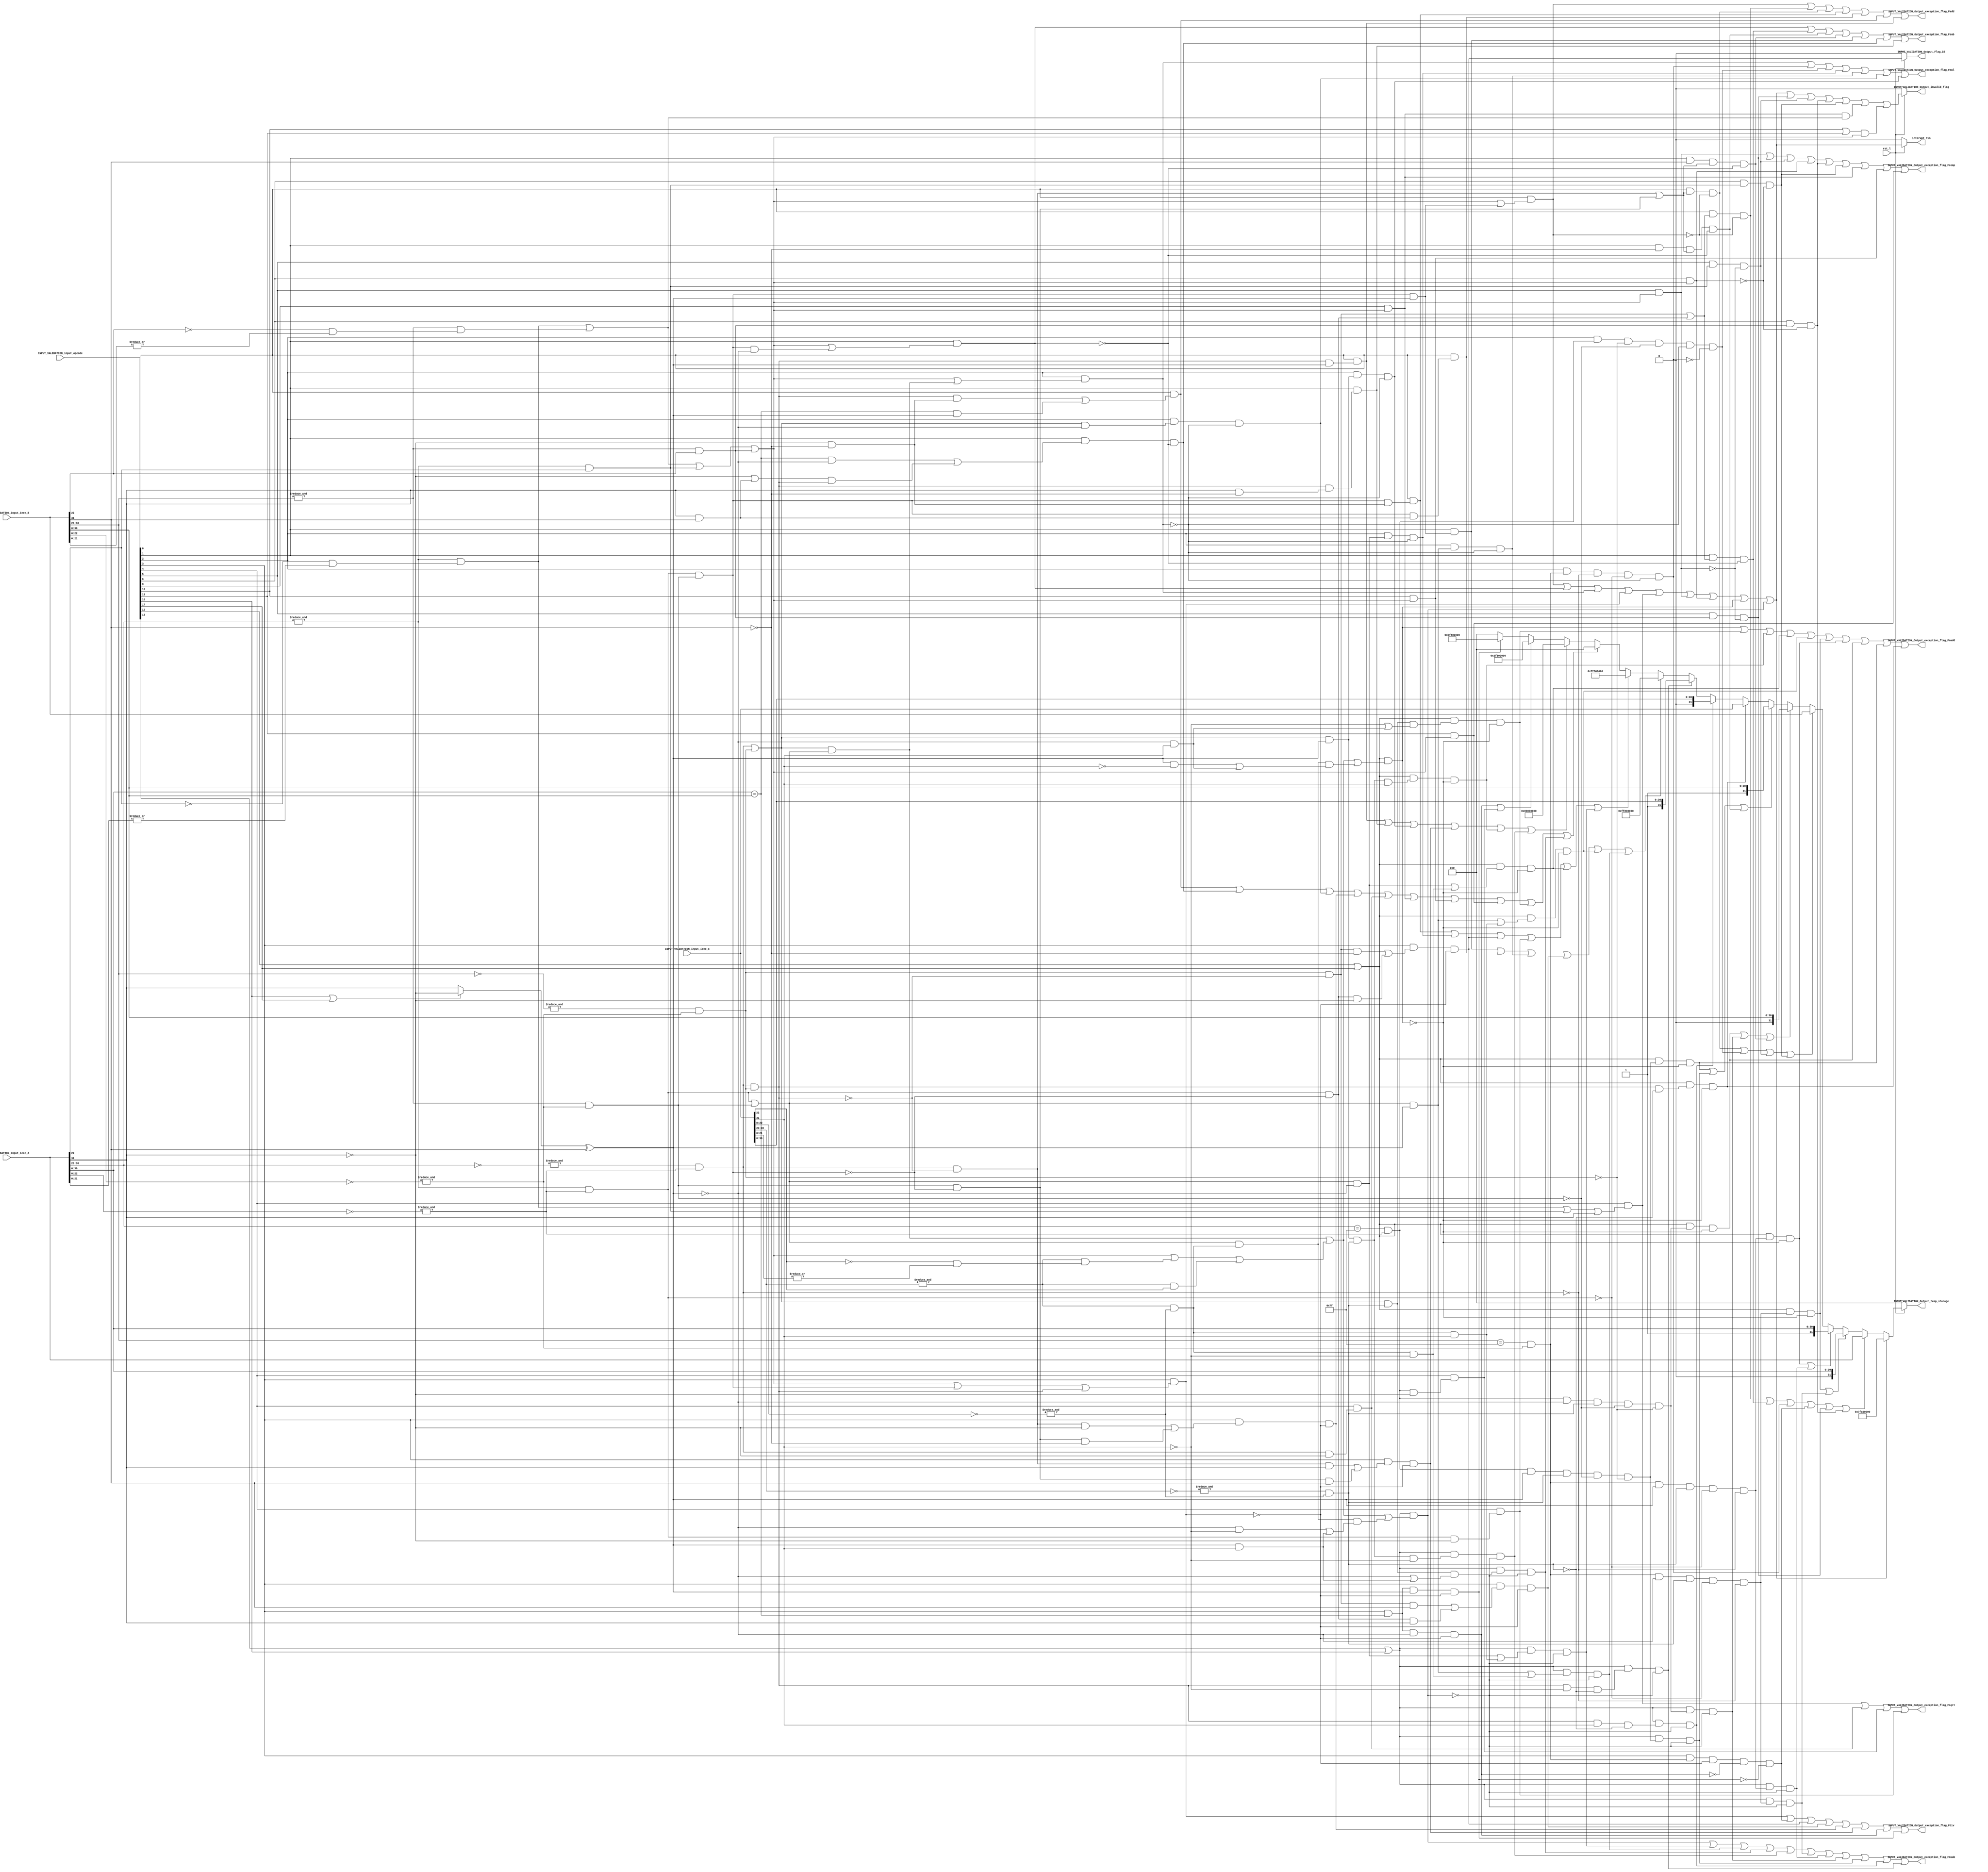
//Created for modular testing of intgeration in SwerV Core
//synchorunus input validation 
//Created by Ali Raza





module FPU_Input_Validation (rst_l,INPUT_VALIDATION_input_ieee_A,INPUT_VALIDATION_input_ieee_B,INPUT_VALIDATION_input_ieee_C,INPUT_VALIDATION_input_opcode,INPUT_VALIDATION_Output_temp_storage,INPUT_VALIDATION_Output_exception_flag_Fadd,INPUT_VALIDATION_Output_exception_flag_Fsub,INPUT_VALIDATION_Output_exception_flag_Fmul,INPUT_VALIDATION_Output_exception_flag_Fdiv,INPUT_VALIDATION_Output_exception_flag_Fsqrt,INPUT_VALIDATION_Output_exception_flag_Fcomp,INPUT_VALIDATION_Output_exception_flag_Fmadd,INPUT_VALIDATION_Output_exception_flag_Fmsub,INPUT_VALIDATION_Output_invalid_flag,INPUT_VALIDATION_Output_Flag_DZ,interupt_Pin);

parameter std=31;
parameter man= 22;
parameter exp=7;
parameter bias=8'b01111111;


/*opcode ctivation signals

sfpu[0] = Fadd
sfpu[1] = Fsubb
sfpu[2] = Fmul
sfpu[3] = Fdiv
sfpu[4] = Fsqrt
sfpu[5] = Fmin
sfpu[6] = Fmax
sfpu[7] = Fmvx
sfpu[8] = Fmvf
sfpu[9] = feq
sfpu[10] = flt
sfpu[11] = fle
sfpu[12] = Fmadd
sfpu[13] = Fmsubb
sfpu[14] = FCVT.W.P
sfpu[15] = FCVT.P.W
sfpu[16] = Fnmsubb
sfpu[17] = Fnmadd
sfpu[18] = fsgnj
sfpu[19] = fsgnjn
sfpu[20] = fsgnjx
sfpu[21] = fclass
sfpu[22] = unsign
sfpu[23] = sign
*/



input [std:0] INPUT_VALIDATION_input_ieee_A;
input [std:0] INPUT_VALIDATION_input_ieee_B;
input [std:0] INPUT_VALIDATION_input_ieee_C;
input [23:0]  INPUT_VALIDATION_input_opcode;
input rst_l;

//respective generted exception output 
output [std:0] INPUT_VALIDATION_Output_temp_storage;

//Flags

//exception flag to handle the termination of further execution in case any exceptional input occur
output INPUT_VALIDATION_Output_exception_flag_Fadd,INPUT_VALIDATION_Output_exception_flag_Fsub,INPUT_VALIDATION_Output_exception_flag_Fmul,INPUT_VALIDATION_Output_exception_flag_Fdiv,INPUT_VALIDATION_Output_exception_flag_Fsqrt,INPUT_VALIDATION_Output_exception_flag_Fcomp,INPUT_VALIDATION_Output_exception_flag_Fmadd,INPUT_VALIDATION_Output_exception_flag_Fmsub;

// Invalid flag
output  INPUT_VALIDATION_Output_invalid_flag;

// Divided By zero flag
output  INPUT_VALIDATION_Output_Flag_DZ;

//interupt pin
output interupt_Pin;

//interim register for holding few bolean conditions
wire  INPUT_VALIDATION_Bit_A_infinity;
wire INPUT_VALIDATION_Bit_B_infinity;
wire  INPUT_VALIDATION_Bit_C_infinity;
wire  INPUT_VALIDATION_Bit_A_SNAN;
wire INPUT_VALIDATION_Bit_B_SNAN;
wire  INPUT_VALIDATION_Bit_C_SNAN;
wire  INPUT_VALIDATION_Bit_A_QNAN;
wire INPUT_VALIDATION_Bit_B_QNAN;
wire  INPUT_VALIDATION_Bit_C_QNAN;
wire INPUT_VALIDATION_Bit_NAN;

wire  INPUT_VALIDATION_Mantissa_Zero_A;
wire  INPUT_VALIDATION_Mantissa_Zero_B;
wire  INPUT_VALIDATION_Mantissa_Zero_C;

wire  INPUT_VALIDATION_exp_One_A;
wire  INPUT_VALIDATION_exp_One_B;
wire  INPUT_VALIDATION_exp_One_C;

wire  INPUT_VALIDATION_Bit_A_zero;
wire  INPUT_VALIDATION_Bit_B_zero;
wire  INPUT_VALIDATION_Bit_C_zero;
wire  INPUT_VALIDATION_Bit_A_1;
wire  INPUT_VALIDATION_Bit_B_1;
wire  INPUT_VALIDATION_Bit_C_1;
wire  INPUT_VALIDATION_Bit_Equal;
wire  INPUT_VALIDATION_Bit_single_infinity;
wire  INPUT_VALIDATION_Bit_double_infinity;
wire  INPUT_VALIDATION_Bit_single_SNAN;
wire  INPUT_VALIDATION_Bit_single_QNAN;
wire  INPUT_VALIDATION_Bit_single_zero;
wire  INPUT_VALIDATION_Bit_double_zero;
wire  INPUT_VALIDATION_Bit_xor_sign_input_A;
wire  INPUT_VALIDATION_Bit_xor_sign;



//outptu selection bits
wire INPUT_VALIDATION_Bit_SNAN_Caught;
wire INPUT_VALIDATION_Bit_No_Comp_A_Caught;
wire INPUT_VALIDATION_Bit_Positive_No_Comp_A_Caught;
wire INPUT_VALIDATION_Bit_Negative_No_Comp_A_Caught;
wire INPUT_VALIDATION_Bit_No_Comp_B_Caught;
wire INPUT_VALIDATION_Bit_Positive_No_Comp_B_Caught;
wire INPUT_VALIDATION_Bit_Negative_No_Comp_B_Caught;
wire INPUT_VALIDATION_Bit_No_Comp_C_Caught;
wire INPUT_VALIDATION_Bit_Positive_No_Comp_C_Caught;
wire INPUT_VALIDATION_Bit_Negative_No_Comp_C_Caught;
wire INPUT_VALIDATION_Bit_Positive_infinity_Caught;
wire INPUT_VALIDATION_Bit_negative_infinity_Caught;
wire INPUT_VALIDATION_Bit_positive_zero_Caught;
wire INPUT_VALIDATION_Bit_negative_zero_Caught;
wire INPUT_VALIDATION_Bit_Negative_One_Caught;
wire INPUT_VALIDATION_Bit_Positive_One_Caught;

//Fadd wires
wire  INPUT_VALIDATION_Bit_SNAN_Caught_Fadd;
wire  INPUT_VALIDATION_Bit_No_Comp_A_Caught_Fadd;
wire  INPUT_VALIDATION_Bit_No_Comp_B_Caught_Fadd;
wire  INPUT_VALIDATION_Bit_positive_infinity_Caught_Fadd;
wire  INPUT_VALIDATION_Bit_negitive_infinity_Caught_Fadd;
wire  INPUT_VALIDATION_Bit_positive_zero_Caught_Fadd;
wire  INPUT_VALIDATION_Bit_negitive_zero_Caught_Fadd;

//Fsubb wires
wire  INPUT_VALIDATION_Bit_SNAN_Caught_Fsubb;
wire  INPUT_VALIDATION_Bit_No_Comp_A_Caught_Fsubb;
wire  INPUT_VALIDATION_Bit_Positive_No_Comp_B_Caught_Fsubb;
wire  INPUT_VALIDATION_Bit_Negative_No_Comp_B_Caught_Fsubb;
wire  INPUT_VALIDATION_Bit_negitive_infinity_Caught_Fsubb;
wire  INPUT_VALIDATION_Bit_positive_zero_Caught_Fsubb;
wire  INPUT_VALIDATION_Bit_negitive_zero_Caught_Fsubb;

//Fmul wires
wire  INPUT_VALIDATION_Bit_SNAN_Caught_Fmul;
wire  INPUT_VALIDATION_Bit_positive_infinity_Caught_Fmul;
wire  INPUT_VALIDATION_Bit_negative_infinity_Caught_Fmul;
wire  INPUT_VALIDATION_Bit_No_Comp_A_Caught_Fmul;
wire  INPUT_VALIDATION_Bit_No_Comp_B_Caught_Fmul;
wire  INPUT_VALIDATION_Bit_negative_zero_Caught_Fmul;
wire  INPUT_VALIDATION_Bit_positive_zero_Caught_Fmul;

//Fdiv wires
wire  INPUT_VALIDATION_Bit_SNAN_Caught_Fdiv;
wire  INPUT_VALIDATION_Bit_positive_zero_Caught_Fdiv;
wire  INPUT_VALIDATION_Bit_negative_zero_Caught_Fdiv;
wire  INPUT_VALIDATION_Bit_positive_infinity_Caught_Fdiv;
wire  INPUT_VALIDATION_Bit_negative_infinity_Caught_Fdiv;
wire  INPUT_VALIDATION_Bit_No_Comp_A_Caught_Fdiv;
wire  INPUT_VALIDATION_Bit_Positive_One_Caught_Fdiv;
wire  INPUT_VALIDATION_Bit_Negative_One_Caught_Fdiv;

//Fsqrt Wires
wire  INPUT_VALIDATION_Bit_SNAN_Caught_Fsqrt;
wire  INPUT_VALIDATION_Bit_zero_Caught_Fsqrt;
wire  INPUT_VALIDATION_Bit_positive_infinity_Caught_Fsqrt;
wire  INPUT_VALIDATION_Bit_Positive_One_Caught_Fsqrt;

//Fmin Wires 
wire INPUT_VALIDATION_Bit_SNAN_Caught_Fmin;
wire INPUT_VALIDATION_Bit_No_Comp_A_Caught_Fmin;
wire INPUT_VALIDATION_Bit_No_Comp_B_Caught_Fmin;

//Fmax Wires 
wire INPUT_VALIDATION_Bit_SNAN_Caught_Fmax;
wire INPUT_VALIDATION_Bit_No_Comp_A_Caught_Fmax;
wire INPUT_VALIDATION_Bit_No_Comp_B_Caught_Fmax;

//Flt wires
wire  INPUT_VALIDATION_Bit_zero_Caught_Flt;

//Fle wires
wire  INPUT_VALIDATION_Bit_zero_Caught_Fle;

//Feq wires
wire  INPUT_VALIDATION_Bit_zero_Caught_Feq;

//Fmadd wires
wire  INPUT_VALIDATION_Bit_SNAN_Caught_Fmadd;
wire  INPUT_VALIDATION_Bit_Positive_Zero_Caught_Fmadd;
wire  INPUT_VALIDATION_Bit_negative_Zero_Caught_Fmadd;
wire  INPUT_VALIDATION_Bit_positive_infinity_Caught_Fmadd;
wire  INPUT_VALIDATION_Bit_negative_infinity_Caught_Fmadd;
wire  INPUT_VALIDATION_Bit_Positive_No_Comp_A_Caught_Fmadd;
wire  INPUT_VALIDATION_Bit_Negative_No_Comp_A_Caught_Fmadd;
wire  INPUT_VALIDATION_Bit_Positive_No_Comp_B_Caught_Fmadd;
wire  INPUT_VALIDATION_Bit_Negative_No_Comp_B_Caught_Fmadd;
wire  INPUT_VALIDATION_Bit_No_Comp_C_Caught_Fmadd;

//Fmsubb wires
wire  INPUT_VALIDATION_Bit_SNAN_Caught_Fmsubb;
wire  INPUT_VALIDATION_Bit_Positive_Zero_Caught_Fmsubb ;
wire  INPUT_VALIDATION_Bit_Negative_Zero_Caught_Fmsubb;
wire  INPUT_VALIDATION_Bit_positive_infinity_Caught_Fmsubb;
wire  INPUT_VALIDATION_Bit_negative_infinity_Caught_Fmsubb;
wire  INPUT_VALIDATION_Bit_Positive_No_Comp_A_Caught_Fmsubb;
wire  INPUT_VALIDATION_Bit_Negative_No_Comp_A_Caught_Fmsubb;
wire  INPUT_VALIDATION_Bit_Positive_No_Comp_B_Caught_Fmsubb;
wire  INPUT_VALIDATION_Bit_Negative_No_Comp_B_Caught_Fmsubb;
wire  INPUT_VALIDATION_Bit_Positive_No_Comp_C_Caught_Fmsubb;
wire  INPUT_VALIDATION_Bit_Negative_No_Comp_C_Caught_Fmsubb;

    //check for 0 mantissa
	assign INPUT_VALIDATION_Mantissa_Zero_A =  ( & ( ~INPUT_VALIDATION_input_ieee_A[man:0] ));
    assign INPUT_VALIDATION_Mantissa_Zero_B =  ( & ( ~INPUT_VALIDATION_input_ieee_B[man:0] ));
	assign INPUT_VALIDATION_Mantissa_Zero_C =  ( & ( ~INPUT_VALIDATION_input_ieee_C[man:0] ));

    //check for all one exponent
    assign INPUT_VALIDATION_exp_One_A = ( & INPUT_VALIDATION_input_ieee_A[std-1:man+1] );
	assign INPUT_VALIDATION_exp_One_B = ( & INPUT_VALIDATION_input_ieee_B[std-1:man+1] );
    assign INPUT_VALIDATION_exp_One_C = ( & INPUT_VALIDATION_input_ieee_C[std-1:man+1] );

	//Bolean checks for XOR of sign
	assign INPUT_VALIDATION_Bit_xor_sign_input_A = (INPUT_VALIDATION_input_opcode[16] | INPUT_VALIDATION_input_opcode[17]) ? (~INPUT_VALIDATION_input_ieee_A[std]) : INPUT_VALIDATION_input_ieee_A[std];
	assign INPUT_VALIDATION_Bit_xor_sign = INPUT_VALIDATION_Bit_xor_sign_input_A ^ INPUT_VALIDATION_input_ieee_B[std] ;
	

	//Bolean check for checkin wather or not a spcific operand is infinity
	assign INPUT_VALIDATION_Bit_A_infinity = ( INPUT_VALIDATION_exp_One_A & INPUT_VALIDATION_Mantissa_Zero_A );

	assign INPUT_VALIDATION_Bit_B_infinity = ( INPUT_VALIDATION_exp_One_B & INPUT_VALIDATION_Mantissa_Zero_B );

	assign INPUT_VALIDATION_Bit_C_infinity = ( INPUT_VALIDATION_exp_One_C & INPUT_VALIDATION_Mantissa_Zero_C );

	//Boolean variables for detecting wether or not a single operand in the ijsntrustion is QNAN or not
	assign   INPUT_VALIDATION_Bit_A_QNAN = ( INPUT_VALIDATION_exp_One_A & ( INPUT_VALIDATION_input_ieee_A[man] ) );

	assign   INPUT_VALIDATION_Bit_B_QNAN = ( INPUT_VALIDATION_exp_One_B & ( INPUT_VALIDATION_input_ieee_B[man] ) );

	assign   INPUT_VALIDATION_Bit_C_QNAN = ( INPUT_VALIDATION_exp_One_C & ( INPUT_VALIDATION_input_ieee_C[man] ) );
	
	//Bolean variables for checking weateher or not the either of incoming operands is SNAN
	assign   INPUT_VALIDATION_Bit_A_SNAN = (  INPUT_VALIDATION_exp_One_A & ( ~( INPUT_VALIDATION_input_ieee_A[man] ) & ( |INPUT_VALIDATION_input_ieee_A[man-1:0] ) ) );

	assign   INPUT_VALIDATION_Bit_B_SNAN = (  INPUT_VALIDATION_exp_One_B & ( ~( INPUT_VALIDATION_input_ieee_B[man] ) & ( |INPUT_VALIDATION_input_ieee_B[man-1:0] ) ) ); 
    
	assign   INPUT_VALIDATION_Bit_C_SNAN = (  INPUT_VALIDATION_exp_One_C & ( ~( INPUT_VALIDATION_input_ieee_C[man] ) & ( |INPUT_VALIDATION_input_ieee_C[man-1:0] ) ) );
    
	assign INPUT_VALIDATION_Bit_NAN = INPUT_VALIDATION_Bit_A_SNAN | INPUT_VALIDATION_Bit_B_SNAN | INPUT_VALIDATION_Bit_A_QNAN | INPUT_VALIDATION_Bit_B_QNAN; 

	//Bolean check sfor checking weather or not a spcific operand is zero
	assign INPUT_VALIDATION_Bit_A_zero = (&(~INPUT_VALIDATION_input_ieee_A[std-1:man+1])) & (INPUT_VALIDATION_Mantissa_Zero_A);
	assign INPUT_VALIDATION_Bit_B_zero = (&(~INPUT_VALIDATION_input_ieee_B[std-1:man+1])) & (INPUT_VALIDATION_Mantissa_Zero_B);
	assign INPUT_VALIDATION_Bit_C_zero = (&(~INPUT_VALIDATION_input_ieee_C[std-1:man+1])) & (INPUT_VALIDATION_Mantissa_Zero_C);

	//Bolean checks for cheking watehr or not a spcific operand is 1
	assign INPUT_VALIDATION_Bit_A_1 = ((INPUT_VALIDATION_input_ieee_A[std-1:man+1]==bias) && INPUT_VALIDATION_Mantissa_Zero_A);
	assign INPUT_VALIDATION_Bit_B_1 =  ((INPUT_VALIDATION_input_ieee_B[std-1:man+1]==bias) && INPUT_VALIDATION_Mantissa_Zero_B);
	assign INPUT_VALIDATION_Bit_C_1 =  ((INPUT_VALIDATION_input_ieee_C[std-1:man+1]==bias) && INPUT_VALIDATION_Mantissa_Zero_C);

	// Check for quality of two numbers
	assign INPUT_VALIDATION_Bit_Equal = ( INPUT_VALIDATION_input_ieee_A [std-1:0] == INPUT_VALIDATION_input_ieee_B[std-1:0] );
	
	
	//Bolean checks for checking weather two or one or three operands are related to a specific exception (such as single infinity means one of the two opernds inputed are ininfiyt)
	
	//check for number of infinity pernds 
	assign INPUT_VALIDATION_Bit_single_infinity = (INPUT_VALIDATION_Bit_A_infinity) || (INPUT_VALIDATION_Bit_B_infinity);
	assign INPUT_VALIDATION_Bit_double_infinity = (INPUT_VALIDATION_Bit_A_infinity) && (INPUT_VALIDATION_Bit_B_infinity);
	
	

	//check for number of zero pernds
	assign INPUT_VALIDATION_Bit_single_zero = (INPUT_VALIDATION_Bit_A_zero) || (INPUT_VALIDATION_Bit_B_zero);
	assign INPUT_VALIDATION_Bit_double_zero = (INPUT_VALIDATION_Bit_A_zero) && (INPUT_VALIDATION_Bit_B_zero);
	
//Bolean check for indication of type of exceptions occured (as a function of input)

// Fadd Exceptional casses
assign INPUT_VALIDATION_Bit_SNAN_Caught_Fadd = ( INPUT_VALIDATION_input_opcode[0]  & ( INPUT_VALIDATION_Bit_NAN | ( INPUT_VALIDATION_Bit_double_infinity & INPUT_VALIDATION_Bit_xor_sign ) ) ) ;   

assign INPUT_VALIDATION_Bit_No_Comp_A_Caught_Fadd = ( INPUT_VALIDATION_input_opcode[0]  & ( (INPUT_VALIDATION_Bit_B_zero & ~INPUT_VALIDATION_Bit_double_zero) | (INPUT_VALIDATION_Bit_A_infinity &  (~INPUT_VALIDATION_Bit_double_infinity) )  )  ) & (~INPUT_VALIDATION_Bit_SNAN_Caught_Fadd);   

assign INPUT_VALIDATION_Bit_No_Comp_B_Caught_Fadd = ( INPUT_VALIDATION_input_opcode[0]  & ( (INPUT_VALIDATION_Bit_A_zero & ~INPUT_VALIDATION_Bit_double_zero) | (INPUT_VALIDATION_Bit_B_infinity & (~INPUT_VALIDATION_Bit_double_infinity) )  )   ) & (~INPUT_VALIDATION_Bit_SNAN_Caught_Fadd);   

assign INPUT_VALIDATION_Bit_positive_infinity_Caught_Fadd =  ( INPUT_VALIDATION_input_opcode[0] & ( INPUT_VALIDATION_Bit_double_infinity & (~INPUT_VALIDATION_input_ieee_A[std] & ~INPUT_VALIDATION_input_ieee_B[std]) ) ) ;

assign INPUT_VALIDATION_Bit_negitive_infinity_Caught_Fadd =  ( INPUT_VALIDATION_input_opcode[0] & ( INPUT_VALIDATION_Bit_double_infinity & (INPUT_VALIDATION_input_ieee_A[std] & INPUT_VALIDATION_input_ieee_B[std]) ) );   

assign INPUT_VALIDATION_Bit_positive_zero_Caught_Fadd = (INPUT_VALIDATION_input_opcode[0] & ((INPUT_VALIDATION_Bit_double_zero & ( (~INPUT_VALIDATION_input_ieee_A[std]) & (~INPUT_VALIDATION_input_ieee_B[std]) ) ) | (INPUT_VALIDATION_Bit_Equal & INPUT_VALIDATION_Bit_xor_sign )) )  ;   

assign INPUT_VALIDATION_Bit_negitive_zero_Caught_Fadd = (INPUT_VALIDATION_input_opcode[0] & (INPUT_VALIDATION_Bit_double_zero & ( INPUT_VALIDATION_Bit_xor_sign ) ) ) ;

//          Exception flag of fadd made high here
assign INPUT_VALIDATION_Output_exception_flag_Fadd =  INPUT_VALIDATION_Bit_SNAN_Caught_Fadd | INPUT_VALIDATION_Bit_No_Comp_A_Caught_Fadd | INPUT_VALIDATION_Bit_No_Comp_B_Caught_Fadd | INPUT_VALIDATION_Bit_positive_infinity_Caught_Fadd | INPUT_VALIDATION_Bit_negitive_infinity_Caught_Fadd | INPUT_VALIDATION_Bit_positive_zero_Caught_Fadd |  INPUT_VALIDATION_Bit_negitive_zero_Caught_Fadd;

//Fsub exceptionl cases
assign INPUT_VALIDATION_Bit_SNAN_Caught_Fsubb = ( INPUT_VALIDATION_input_opcode[1]  & (INPUT_VALIDATION_Bit_NAN | ( INPUT_VALIDATION_Bit_double_infinity & (~INPUT_VALIDATION_Bit_xor_sign) ) ) ) ;

assign INPUT_VALIDATION_Bit_No_Comp_A_Caught_Fsubb = ( INPUT_VALIDATION_input_opcode[1] & ( (INPUT_VALIDATION_Bit_B_zero & (~INPUT_VALIDATION_Bit_double_zero) ) | (INPUT_VALIDATION_Bit_A_infinity & (~INPUT_VALIDATION_Bit_double_infinity) )  ) ) & (~INPUT_VALIDATION_Bit_SNAN_Caught_Fsubb);

assign INPUT_VALIDATION_Bit_Positive_No_Comp_B_Caught_Fsubb = ( (INPUT_VALIDATION_input_opcode[1] & INPUT_VALIDATION_input_ieee_B[std] )  & ( (INPUT_VALIDATION_Bit_A_zero & (~INPUT_VALIDATION_Bit_double_zero) ) | (INPUT_VALIDATION_Bit_B_infinity & (~INPUT_VALIDATION_Bit_double_infinity) )  ) ) & (~INPUT_VALIDATION_Bit_SNAN_Caught_Fsubb); // sign of this operand in th resultant will be checked based on the sign of this operand: 0 -(-B) = B hnce thisis dealed seperately in output selection logic

assign INPUT_VALIDATION_Bit_Negative_No_Comp_B_Caught_Fsubb = ( (INPUT_VALIDATION_input_opcode[1] & (~INPUT_VALIDATION_input_ieee_B[std]) )  & ( (INPUT_VALIDATION_Bit_A_zero & (~INPUT_VALIDATION_Bit_double_zero) ) | (INPUT_VALIDATION_Bit_B_infinity & (~INPUT_VALIDATION_Bit_double_infinity) )  ) ) & (~INPUT_VALIDATION_Bit_SNAN_Caught_Fsubb);

assign INPUT_VALIDATION_Bit_negitive_infinity_Caught_Fsubb =  ( INPUT_VALIDATION_input_opcode[1] & ( INPUT_VALIDATION_Bit_double_infinity & (INPUT_VALIDATION_Bit_xor_sign) ) );  //the resulting infinicty in this case would be a negative infinity

assign INPUT_VALIDATION_Bit_positive_zero_Caught_Fsubb = (INPUT_VALIDATION_input_opcode[1] & ( (INPUT_VALIDATION_Bit_Equal & (~INPUT_VALIDATION_Bit_xor_sign)) | ( ( (~INPUT_VALIDATION_input_ieee_A[std]) | (INPUT_VALIDATION_input_ieee_A[std] & (INPUT_VALIDATION_input_ieee_B[std]) ) ) & INPUT_VALIDATION_Bit_double_zero) )  ) & (~INPUT_VALIDATION_Bit_SNAN_Caught_Fsubb);

assign INPUT_VALIDATION_Bit_negitive_zero_Caught_Fsubb = (INPUT_VALIDATION_input_opcode[1] & (INPUT_VALIDATION_Bit_double_zero & (INPUT_VALIDATION_input_ieee_A[std] & (~INPUT_VALIDATION_input_ieee_B[std])) ) );

//        Exeption Flag for Fsub 
assign INPUT_VALIDATION_Output_exception_flag_Fsub = INPUT_VALIDATION_Bit_SNAN_Caught_Fsubb | INPUT_VALIDATION_Bit_No_Comp_A_Caught_Fsubb | INPUT_VALIDATION_Bit_Negative_No_Comp_B_Caught_Fsubb | INPUT_VALIDATION_Bit_Positive_No_Comp_B_Caught_Fsubb | INPUT_VALIDATION_Bit_negitive_infinity_Caught_Fsubb | INPUT_VALIDATION_Bit_positive_zero_Caught_Fsubb | INPUT_VALIDATION_Bit_negitive_zero_Caught_Fsubb;

//Fmul exceptional casses
assign INPUT_VALIDATION_Bit_SNAN_Caught_Fmul = ( INPUT_VALIDATION_input_opcode[2] & ( INPUT_VALIDATION_Bit_NAN |  (INPUT_VALIDATION_Bit_single_zero & INPUT_VALIDATION_Bit_single_infinity) )  );

assign INPUT_VALIDATION_Bit_No_Comp_A_Caught_Fmul = ( INPUT_VALIDATION_input_opcode[2] & ( INPUT_VALIDATION_Bit_B_1 )  )  & (~INPUT_VALIDATION_Bit_A_zero) & (~INPUT_VALIDATION_Bit_A_infinity) & (~INPUT_VALIDATION_Bit_SNAN_Caught_Fmul) ;

assign INPUT_VALIDATION_Bit_No_Comp_B_Caught_Fmul = ( INPUT_VALIDATION_input_opcode[2] & ( INPUT_VALIDATION_Bit_A_1 )  )  & (~INPUT_VALIDATION_Bit_B_zero) & (~INPUT_VALIDATION_Bit_B_infinity) & (~INPUT_VALIDATION_Bit_SNAN_Caught_Fmul) & (~INPUT_VALIDATION_Bit_No_Comp_A_Caught_Fmul) ;

assign INPUT_VALIDATION_Bit_positive_infinity_Caught_Fmul =  ( INPUT_VALIDATION_input_opcode[2] & ( INPUT_VALIDATION_Bit_single_infinity & (~INPUT_VALIDATION_Bit_xor_sign) ) )  & (~INPUT_VALIDATION_Bit_SNAN_Caught_Fmul);

assign INPUT_VALIDATION_Bit_negative_infinity_Caught_Fmul =  ( INPUT_VALIDATION_input_opcode[2] & ( INPUT_VALIDATION_Bit_single_infinity & (INPUT_VALIDATION_Bit_xor_sign) ) )  & (~INPUT_VALIDATION_Bit_SNAN_Caught_Fmul);

assign INPUT_VALIDATION_Bit_positive_zero_Caught_Fmul = ( INPUT_VALIDATION_input_opcode[2] & (INPUT_VALIDATION_Bit_single_zero & (~INPUT_VALIDATION_Bit_xor_sign) )  )  & (~INPUT_VALIDATION_Bit_SNAN_Caught_Fmul);

assign INPUT_VALIDATION_Bit_negative_zero_Caught_Fmul = ( INPUT_VALIDATION_input_opcode[2] & ( (INPUT_VALIDATION_Bit_single_zero & (INPUT_VALIDATION_Bit_xor_sign) ) ))  & (~INPUT_VALIDATION_Bit_SNAN_Caught_Fmul);

//     exception Flag for Fmul
assign INPUT_VALIDATION_Output_exception_flag_Fmul = INPUT_VALIDATION_Bit_SNAN_Caught_Fmul | INPUT_VALIDATION_Bit_No_Comp_A_Caught_Fmul | INPUT_VALIDATION_Bit_No_Comp_B_Caught_Fmul | INPUT_VALIDATION_Bit_positive_infinity_Caught_Fmul | INPUT_VALIDATION_Bit_negative_infinity_Caught_Fmul | INPUT_VALIDATION_Bit_positive_zero_Caught_Fmul | INPUT_VALIDATION_Bit_negative_zero_Caught_Fmul ;


//Fdiv cases
assign  INPUT_VALIDATION_Bit_SNAN_Caught_Fdiv = (INPUT_VALIDATION_input_opcode[3] & ( ( INPUT_VALIDATION_Bit_NAN ) | ( INPUT_VALIDATION_Bit_double_infinity ) | (INPUT_VALIDATION_Bit_double_zero ) )  );

assign INPUT_VALIDATION_Bit_No_Comp_A_Caught_Fdiv = ( INPUT_VALIDATION_input_opcode[3] & ( INPUT_VALIDATION_Bit_B_1 )  & (~INPUT_VALIDATION_Bit_SNAN_Caught_Fdiv)) & (~INPUT_VALIDATION_Bit_Positive_One_Caught_Fdiv) & (~INPUT_VALIDATION_Bit_Negative_One_Caught_Fdiv);

assign INPUT_VALIDATION_Bit_Positive_One_Caught_Fdiv = ( INPUT_VALIDATION_input_opcode[3] & ( INPUT_VALIDATION_Bit_Equal ) & (~INPUT_VALIDATION_Bit_xor_sign) ) & (~INPUT_VALIDATION_Bit_SNAN_Caught_Fdiv) ;

assign INPUT_VALIDATION_Bit_Negative_One_Caught_Fdiv = ( INPUT_VALIDATION_input_opcode[3] & ( INPUT_VALIDATION_Bit_Equal ) & (INPUT_VALIDATION_Bit_xor_sign) ) & (~INPUT_VALIDATION_Bit_SNAN_Caught_Fdiv) ;

assign INPUT_VALIDATION_Bit_positive_infinity_Caught_Fdiv = ( INPUT_VALIDATION_input_opcode[3] & ( ( INPUT_VALIDATION_Bit_B_zero & ( ~INPUT_VALIDATION_Bit_double_zero )  & (~INPUT_VALIDATION_input_ieee_B[std]) ) | ( INPUT_VALIDATION_Bit_A_infinity & (~INPUT_VALIDATION_Bit_double_infinity) & (~INPUT_VALIDATION_input_ieee_A[std]) ) ) ) & (~INPUT_VALIDATION_Bit_SNAN_Caught_Fdiv);

assign INPUT_VALIDATION_Bit_negative_infinity_Caught_Fdiv = ( INPUT_VALIDATION_input_opcode[3] & ( ( INPUT_VALIDATION_Bit_B_zero & ( ~INPUT_VALIDATION_Bit_double_zero )  & (INPUT_VALIDATION_input_ieee_B[std]) ) | ( INPUT_VALIDATION_Bit_A_infinity & (~INPUT_VALIDATION_Bit_double_infinity) & (INPUT_VALIDATION_input_ieee_A[std]) ) ) ) & (~INPUT_VALIDATION_Bit_SNAN_Caught_Fdiv);

assign INPUT_VALIDATION_Bit_positive_zero_Caught_Fdiv = (INPUT_VALIDATION_input_opcode[3] & ( ( INPUT_VALIDATION_Bit_A_zero & (~INPUT_VALIDATION_Bit_double_zero) & (~INPUT_VALIDATION_input_ieee_A[std]) ) | ( INPUT_VALIDATION_Bit_B_infinity & (~INPUT_VALIDATION_Bit_double_infinity) & (~INPUT_VALIDATION_input_ieee_B[std]) )  ) ) & (~INPUT_VALIDATION_Bit_SNAN_Caught_Fdiv);

assign INPUT_VALIDATION_Bit_negative_zero_Caught_Fdiv = (INPUT_VALIDATION_input_opcode[3] & ( ( INPUT_VALIDATION_Bit_A_zero & (~INPUT_VALIDATION_Bit_double_zero) & (INPUT_VALIDATION_input_ieee_A[std]) ) | ( INPUT_VALIDATION_Bit_B_infinity & (~INPUT_VALIDATION_Bit_double_infinity) & (INPUT_VALIDATION_input_ieee_B[std]) )  ) ) & (~INPUT_VALIDATION_Bit_SNAN_Caught_Fdiv);

//     exception Flag for Fdiv
assign INPUT_VALIDATION_Output_exception_flag_Fdiv = INPUT_VALIDATION_Bit_SNAN_Caught_Fdiv | INPUT_VALIDATION_Bit_No_Comp_A_Caught_Fdiv | INPUT_VALIDATION_Bit_positive_infinity_Caught_Fdiv | INPUT_VALIDATION_Bit_negative_infinity_Caught_Fdiv | INPUT_VALIDATION_Bit_positive_zero_Caught_Fdiv | INPUT_VALIDATION_Bit_negative_zero_Caught_Fdiv | INPUT_VALIDATION_Bit_Positive_One_Caught_Fdiv | INPUT_VALIDATION_Bit_Negative_One_Caught_Fdiv; 

//Fsqrt Cases
assign INPUT_VALIDATION_Bit_SNAN_Caught_Fsqrt = ( INPUT_VALIDATION_input_opcode[4] &  ( INPUT_VALIDATION_Bit_A_SNAN | INPUT_VALIDATION_Bit_A_QNAN | INPUT_VALIDATION_input_ieee_A[std] ) ) ;

assign INPUT_VALIDATION_Bit_zero_Caught_Fsqrt = ( INPUT_VALIDATION_input_opcode[4] & ( INPUT_VALIDATION_Bit_A_zero & (~INPUT_VALIDATION_input_ieee_A[std]) )  ) ;

assign INPUT_VALIDATION_Bit_Positive_One_Caught_Fsqrt = (INPUT_VALIDATION_input_opcode[4] & ( ( INPUT_VALIDATION_Bit_A_1) & (~INPUT_VALIDATION_input_ieee_A[std]) ) );

assign INPUT_VALIDATION_Bit_positive_infinity_Caught_Fsqrt = ( INPUT_VALIDATION_input_opcode[4] & ( (INPUT_VALIDATION_Bit_A_infinity) & (~INPUT_VALIDATION_input_ieee_A[std]) ) );

//    exception flag for square root
assign INPUT_VALIDATION_Output_exception_flag_Fsqrt = INPUT_VALIDATION_Bit_SNAN_Caught_Fsqrt | INPUT_VALIDATION_Bit_zero_Caught_Fsqrt | INPUT_VALIDATION_Bit_Positive_One_Caught_Fsqrt | INPUT_VALIDATION_Bit_positive_infinity_Caught_Fsqrt ;

//Fmin cases
assign  INPUT_VALIDATION_Bit_SNAN_Caught_Fmin = ( INPUT_VALIDATION_input_opcode[5] & ( INPUT_VALIDATION_Bit_NAN ) ) ;

assign  INPUT_VALIDATION_Bit_No_Comp_A_Caught_Fmin = ( INPUT_VALIDATION_input_opcode[5] & ( INPUT_VALIDATION_Bit_B_QNAN) ) & (~INPUT_VALIDATION_Bit_SNAN_Caught_Fmin);

assign  INPUT_VALIDATION_Bit_No_Comp_B_Caught_Fmin = ( INPUT_VALIDATION_input_opcode[5] & ( INPUT_VALIDATION_Bit_A_QNAN) ) & (~INPUT_VALIDATION_Bit_SNAN_Caught_Fmin);

//Fmax cases
assign  INPUT_VALIDATION_Bit_SNAN_Caught_Fmax = ( INPUT_VALIDATION_input_opcode[6] & ( INPUT_VALIDATION_Bit_NAN ) ) ;

assign  INPUT_VALIDATION_Bit_No_Comp_A_Caught_Fmax = ( INPUT_VALIDATION_input_opcode[6] & ( INPUT_VALIDATION_Bit_B_QNAN) ) & (~INPUT_VALIDATION_Bit_SNAN_Caught_Fmax);

assign  INPUT_VALIDATION_Bit_No_Comp_B_Caught_Fmax = ( INPUT_VALIDATION_input_opcode[6] & ( INPUT_VALIDATION_Bit_A_QNAN) ) & (~INPUT_VALIDATION_Bit_SNAN_Caught_Fmax);

//Feq Cases
 assign INPUT_VALIDATION_Bit_zero_Caught_Feq =  (  INPUT_VALIDATION_input_opcode[9] &  ( INPUT_VALIDATION_Bit_NAN ) ) ;

//Flt Cases
 assign INPUT_VALIDATION_Bit_zero_Caught_Flt =  (  INPUT_VALIDATION_input_opcode[10] &  ( INPUT_VALIDATION_Bit_NAN ) ) ;

//Fle Cases
 assign INPUT_VALIDATION_Bit_zero_Caught_Fle =  (  INPUT_VALIDATION_input_opcode[11] &  ( INPUT_VALIDATION_Bit_NAN )   ) ;

//   exception flag for comparision block
assign INPUT_VALIDATION_Output_exception_flag_Fcomp = INPUT_VALIDATION_Bit_SNAN_Caught_Fmin | INPUT_VALIDATION_Bit_No_Comp_A_Caught_Fmin | INPUT_VALIDATION_Bit_No_Comp_B_Caught_Fmin | INPUT_VALIDATION_Bit_SNAN_Caught_Fmax | INPUT_VALIDATION_Bit_No_Comp_A_Caught_Fmax | INPUT_VALIDATION_Bit_No_Comp_B_Caught_Fmax | INPUT_VALIDATION_Bit_zero_Caught_Feq | INPUT_VALIDATION_Bit_zero_Caught_Flt | INPUT_VALIDATION_Bit_zero_Caught_Fle;

//FMADD Casses
assign INPUT_VALIDATION_Bit_SNAN_Caught_Fmadd =  (  (INPUT_VALIDATION_input_opcode[12] | INPUT_VALIDATION_input_opcode[17] ) &  (  (INPUT_VALIDATION_Bit_single_infinity & INPUT_VALIDATION_Bit_single_zero) |   ( INPUT_VALIDATION_Bit_NAN | INPUT_VALIDATION_Bit_C_SNAN | INPUT_VALIDATION_Bit_C_QNAN ) | ( ( INPUT_VALIDATION_Bit_single_infinity & INPUT_VALIDATION_Bit_C_infinity ) & ( ( (INPUT_VALIDATION_Bit_xor_sign) & (!(INPUT_VALIDATION_input_ieee_C[std])) ) | ( (~INPUT_VALIDATION_Bit_xor_sign) & INPUT_VALIDATION_input_ieee_C[std] )  ) ) ) ) ;                        
assign INPUT_VALIDATION_Bit_Positive_Zero_Caught_Fmadd = ( (INPUT_VALIDATION_input_opcode[12] | INPUT_VALIDATION_input_opcode[17] ) & (  (INPUT_VALIDATION_Bit_single_zero & INPUT_VALIDATION_Bit_C_zero) & ( (~INPUT_VALIDATION_input_ieee_C[std]) | ( (~INPUT_VALIDATION_Bit_xor_sign) & INPUT_VALIDATION_input_ieee_C[std] ) )  )) & (~INPUT_VALIDATION_Bit_SNAN_Caught_Fmadd);
assign INPUT_VALIDATION_Bit_negative_Zero_Caught_Fmadd =( (INPUT_VALIDATION_input_opcode[12] | INPUT_VALIDATION_input_opcode[17] ) & ( INPUT_VALIDATION_Bit_single_zero & (INPUT_VALIDATION_Bit_xor_sign) & INPUT_VALIDATION_Bit_C_zero & (INPUT_VALIDATION_input_ieee_C[std]) )) & (~INPUT_VALIDATION_Bit_SNAN_Caught_Fmadd);
assign INPUT_VALIDATION_Bit_positive_infinity_Caught_Fmadd = ( (INPUT_VALIDATION_input_opcode[12] | INPUT_VALIDATION_input_opcode[17] ) & ( (INPUT_VALIDATION_Bit_single_infinity & (~INPUT_VALIDATION_Bit_xor_sign)) | (INPUT_VALIDATION_Bit_C_infinity & (~INPUT_VALIDATION_input_ieee_C[std]) ) )  ) & (~INPUT_VALIDATION_Bit_SNAN_Caught_Fmadd);
assign INPUT_VALIDATION_Bit_negative_infinity_Caught_Fmadd = ( (INPUT_VALIDATION_input_opcode[12] | INPUT_VALIDATION_input_opcode[17] ) & ((INPUT_VALIDATION_Bit_single_infinity & (INPUT_VALIDATION_Bit_xor_sign)) | (INPUT_VALIDATION_Bit_C_infinity & (INPUT_VALIDATION_input_ieee_C[std]) ) )  ) &  (~INPUT_VALIDATION_Bit_SNAN_Caught_Fmadd);
assign INPUT_VALIDATION_Bit_Positive_No_Comp_A_Caught_Fmadd = ( (INPUT_VALIDATION_input_opcode[12] | INPUT_VALIDATION_input_opcode[17] ) & ( INPUT_VALIDATION_Bit_B_1 & (~INPUT_VALIDATION_Bit_xor_sign) & INPUT_VALIDATION_Bit_C_zero & (~INPUT_VALIDATION_Bit_A_infinity) & (~INPUT_VALIDATION_Bit_A_zero) ) ) & (~INPUT_VALIDATION_Bit_SNAN_Caught_Fmadd);
assign INPUT_VALIDATION_Bit_Negative_No_Comp_A_Caught_Fmadd = ((INPUT_VALIDATION_input_opcode[12] | INPUT_VALIDATION_input_opcode[17] ) & ( INPUT_VALIDATION_Bit_B_1 & (INPUT_VALIDATION_Bit_xor_sign) & INPUT_VALIDATION_Bit_C_zero & (~INPUT_VALIDATION_Bit_A_infinity) & (~INPUT_VALIDATION_Bit_A_zero) )) & (~INPUT_VALIDATION_Bit_SNAN_Caught_Fmadd) ;
assign INPUT_VALIDATION_Bit_Positive_No_Comp_B_Caught_Fmadd = ((INPUT_VALIDATION_input_opcode[12] | INPUT_VALIDATION_input_opcode[17] ) & ( INPUT_VALIDATION_Bit_A_1 & (~INPUT_VALIDATION_Bit_xor_sign) & INPUT_VALIDATION_Bit_C_zero & (~INPUT_VALIDATION_Bit_B_infinity) & (~INPUT_VALIDATION_Bit_B_zero)  )) & (~INPUT_VALIDATION_Bit_SNAN_Caught_Fmadd);
assign INPUT_VALIDATION_Bit_Negative_No_Comp_B_Caught_Fmadd = ((INPUT_VALIDATION_input_opcode[12] | INPUT_VALIDATION_input_opcode[17] ) & ( INPUT_VALIDATION_Bit_A_1 & (INPUT_VALIDATION_Bit_xor_sign) & INPUT_VALIDATION_Bit_C_zero & (~INPUT_VALIDATION_Bit_B_infinity) & (~INPUT_VALIDATION_Bit_B_zero)  )) & (~INPUT_VALIDATION_Bit_SNAN_Caught_Fmadd);
assign INPUT_VALIDATION_Bit_No_Comp_C_Caught_Fmadd = ( (INPUT_VALIDATION_input_opcode[12] | INPUT_VALIDATION_input_opcode[17] ) & ( INPUT_VALIDATION_Bit_double_zero & (~INPUT_VALIDATION_Bit_C_zero) ) ) & (~INPUT_VALIDATION_Bit_SNAN_Caught_Fmadd);

//    exception flag for fmadd
assign INPUT_VALIDATION_Output_exception_flag_Fmadd = INPUT_VALIDATION_Bit_SNAN_Caught_Fmadd | INPUT_VALIDATION_Bit_Positive_Zero_Caught_Fmadd | INPUT_VALIDATION_Bit_negative_Zero_Caught_Fmadd | INPUT_VALIDATION_Bit_positive_infinity_Caught_Fmadd | INPUT_VALIDATION_Bit_negative_infinity_Caught_Fmadd | INPUT_VALIDATION_Bit_Positive_No_Comp_A_Caught_Fmadd | INPUT_VALIDATION_Bit_Negative_No_Comp_A_Caught_Fmadd | INPUT_VALIDATION_Bit_Positive_No_Comp_B_Caught_Fmadd | INPUT_VALIDATION_Bit_Negative_No_Comp_B_Caught_Fmadd | INPUT_VALIDATION_Bit_No_Comp_C_Caught_Fmadd;

//Fmsub Casses
assign INPUT_VALIDATION_Bit_SNAN_Caught_Fmsubb =  ( (INPUT_VALIDATION_input_opcode[13] | INPUT_VALIDATION_input_opcode[16]) & ( (INPUT_VALIDATION_Bit_single_infinity & INPUT_VALIDATION_Bit_single_zero) | ( INPUT_VALIDATION_Bit_NAN | INPUT_VALIDATION_Bit_C_SNAN | INPUT_VALIDATION_Bit_C_QNAN) |  ( ( INPUT_VALIDATION_Bit_single_infinity & INPUT_VALIDATION_Bit_C_infinity ) & ( ( (~INPUT_VALIDATION_Bit_xor_sign) & (~INPUT_VALIDATION_input_ieee_C[std])  ) | ( INPUT_VALIDATION_Bit_xor_sign & INPUT_VALIDATION_input_ieee_C[std] )   )  )  ) );
assign INPUT_VALIDATION_Bit_positive_infinity_Caught_Fmsubb = ( (INPUT_VALIDATION_input_opcode[13] | INPUT_VALIDATION_input_opcode[16]) & ((INPUT_VALIDATION_Bit_single_infinity & (~INPUT_VALIDATION_Bit_xor_sign)) | | (INPUT_VALIDATION_Bit_C_infinity & (INPUT_VALIDATION_input_ieee_C[std]) ))) & (~INPUT_VALIDATION_Bit_SNAN_Caught_Fmsubb);
assign INPUT_VALIDATION_Bit_negative_infinity_Caught_Fmsubb = ( (INPUT_VALIDATION_input_opcode[13] | INPUT_VALIDATION_input_opcode[16]) & ( (INPUT_VALIDATION_Bit_single_infinity & (INPUT_VALIDATION_Bit_xor_sign)) | (INPUT_VALIDATION_Bit_C_infinity & (~INPUT_VALIDATION_input_ieee_C[std]) ) )) & (~INPUT_VALIDATION_Bit_SNAN_Caught_Fmsubb);
assign INPUT_VALIDATION_Bit_Positive_Zero_Caught_Fmsubb = ( (INPUT_VALIDATION_input_opcode[13] | INPUT_VALIDATION_input_opcode[16]) & (  ( (INPUT_VALIDATION_Bit_single_zero &  INPUT_VALIDATION_Bit_C_zero) & ( (~INPUT_VALIDATION_Bit_xor_sign) | ( INPUT_VALIDATION_Bit_xor_sign & INPUT_VALIDATION_input_ieee_C[std]) ))  ) ) & (~INPUT_VALIDATION_Bit_SNAN_Caught_Fmsubb) ;
assign INPUT_VALIDATION_Bit_Negative_Zero_Caught_Fmsubb =  ( (INPUT_VALIDATION_input_opcode[13] | INPUT_VALIDATION_input_opcode[16]) & ( INPUT_VALIDATION_Bit_single_zero & INPUT_VALIDATION_Bit_xor_sign & INPUT_VALIDATION_Bit_C_zero & (~INPUT_VALIDATION_input_ieee_C[std])  ) ) & (~INPUT_VALIDATION_Bit_SNAN_Caught_Fmsubb) ;
assign INPUT_VALIDATION_Bit_Positive_No_Comp_A_Caught_Fmsubb = ( (INPUT_VALIDATION_input_opcode[13] | INPUT_VALIDATION_input_opcode[16]) & ( INPUT_VALIDATION_Bit_B_1 & (~INPUT_VALIDATION_Bit_xor_sign) & INPUT_VALIDATION_Bit_C_zero & (~INPUT_VALIDATION_Bit_A_infinity) & (~INPUT_VALIDATION_Bit_A_zero) ) ) & (~INPUT_VALIDATION_Bit_SNAN_Caught_Fmsubb);
assign INPUT_VALIDATION_Bit_Negative_No_Comp_A_Caught_Fmsubb = ((INPUT_VALIDATION_input_opcode[13] | INPUT_VALIDATION_input_opcode[16]) & ( INPUT_VALIDATION_Bit_B_1 & (INPUT_VALIDATION_Bit_xor_sign) & INPUT_VALIDATION_Bit_C_zero & (~INPUT_VALIDATION_Bit_A_infinity) & (~INPUT_VALIDATION_Bit_A_zero) )) & (~INPUT_VALIDATION_Bit_SNAN_Caught_Fmsubb) ;
assign INPUT_VALIDATION_Bit_Positive_No_Comp_B_Caught_Fmsubb = ((INPUT_VALIDATION_input_opcode[13] | INPUT_VALIDATION_input_opcode[16]) & ( INPUT_VALIDATION_Bit_A_1 & (~INPUT_VALIDATION_Bit_xor_sign) & INPUT_VALIDATION_Bit_C_zero & (~INPUT_VALIDATION_Bit_B_infinity) & (~INPUT_VALIDATION_Bit_B_zero)  )) & (~INPUT_VALIDATION_Bit_SNAN_Caught_Fmsubb);
assign INPUT_VALIDATION_Bit_Negative_No_Comp_B_Caught_Fmsubb = ((INPUT_VALIDATION_input_opcode[13] | INPUT_VALIDATION_input_opcode[16]) & ( INPUT_VALIDATION_Bit_A_1 & (INPUT_VALIDATION_Bit_xor_sign) & INPUT_VALIDATION_Bit_C_zero & (~INPUT_VALIDATION_Bit_B_infinity) & (~INPUT_VALIDATION_Bit_B_zero)  )) & (~INPUT_VALIDATION_Bit_SNAN_Caught_Fmsubb);
assign INPUT_VALIDATION_Bit_Positive_No_Comp_C_Caught_Fmsubb = ((INPUT_VALIDATION_input_opcode[13] | INPUT_VALIDATION_input_opcode[16]) & (INPUT_VALIDATION_Bit_double_zero & INPUT_VALIDATION_input_ieee_C[std] & (~INPUT_VALIDATION_Bit_C_zero) ) ) & (~INPUT_VALIDATION_Bit_SNAN_Caught_Fmsubb) ;
assign INPUT_VALIDATION_Bit_Negative_No_Comp_C_Caught_Fmsubb =  ((INPUT_VALIDATION_input_opcode[13] | INPUT_VALIDATION_input_opcode[16]) & (INPUT_VALIDATION_Bit_double_zero & (~INPUT_VALIDATION_input_ieee_C[std]) & (~INPUT_VALIDATION_Bit_C_zero) ) ) & (~INPUT_VALIDATION_Bit_SNAN_Caught_Fmsubb) ;

//    exception flag for fmsubb
assign INPUT_VALIDATION_Output_exception_flag_Fmsub = INPUT_VALIDATION_Bit_SNAN_Caught_Fmsubb |INPUT_VALIDATION_Bit_positive_infinity_Caught_Fmsubb |INPUT_VALIDATION_Bit_negative_infinity_Caught_Fmsubb |INPUT_VALIDATION_Bit_Positive_Zero_Caught_Fmsubb |INPUT_VALIDATION_Bit_Negative_Zero_Caught_Fmsubb |INPUT_VALIDATION_Bit_Positive_No_Comp_A_Caught_Fmsubb |INPUT_VALIDATION_Bit_Negative_No_Comp_A_Caught_Fmsubb | INPUT_VALIDATION_Bit_Positive_No_Comp_B_Caught_Fmsubb | INPUT_VALIDATION_Bit_Negative_No_Comp_B_Caught_Fmsubb | INPUT_VALIDATION_Bit_Positive_No_Comp_C_Caught_Fmsubb | INPUT_VALIDATION_Bit_Negative_No_Comp_C_Caught_Fmsubb;
//################################################ OUTPUT slections ##########################################
//output selection bits
assign INPUT_VALIDATION_Bit_SNAN_Caught = INPUT_VALIDATION_Bit_SNAN_Caught_Fadd | INPUT_VALIDATION_Bit_SNAN_Caught_Fsubb | INPUT_VALIDATION_Bit_SNAN_Caught_Fmul | INPUT_VALIDATION_Bit_SNAN_Caught_Fdiv | INPUT_VALIDATION_Bit_SNAN_Caught_Fsqrt | INPUT_VALIDATION_Bit_SNAN_Caught_Fmin |  INPUT_VALIDATION_Bit_SNAN_Caught_Fmax | INPUT_VALIDATION_Bit_SNAN_Caught_Fmadd | INPUT_VALIDATION_Bit_SNAN_Caught_Fmsubb;

assign INPUT_VALIDATION_Bit_No_Comp_A_Caught = INPUT_VALIDATION_Bit_No_Comp_A_Caught_Fadd | INPUT_VALIDATION_Bit_No_Comp_A_Caught_Fsubb | INPUT_VALIDATION_Bit_No_Comp_A_Caught_Fmul | INPUT_VALIDATION_Bit_No_Comp_A_Caught_Fdiv | INPUT_VALIDATION_Bit_No_Comp_A_Caught_Fmin | INPUT_VALIDATION_Bit_No_Comp_A_Caught_Fmax ;

assign INPUT_VALIDATION_Bit_Positive_No_Comp_A_Caught = INPUT_VALIDATION_Bit_Positive_No_Comp_A_Caught_Fmadd | INPUT_VALIDATION_Bit_Positive_No_Comp_A_Caught_Fmsubb  ;

assign INPUT_VALIDATION_Bit_Negative_No_Comp_A_Caught = INPUT_VALIDATION_Bit_Negative_No_Comp_A_Caught_Fmadd | INPUT_VALIDATION_Bit_Negative_No_Comp_A_Caught_Fmsubb ;

assign INPUT_VALIDATION_Bit_No_Comp_B_Caught = INPUT_VALIDATION_Bit_No_Comp_B_Caught_Fadd | INPUT_VALIDATION_Bit_No_Comp_B_Caught_Fmul | INPUT_VALIDATION_Bit_No_Comp_B_Caught_Fmin | INPUT_VALIDATION_Bit_No_Comp_B_Caught_Fmax ;

assign INPUT_VALIDATION_Bit_Positive_No_Comp_B_Caught = INPUT_VALIDATION_Bit_Positive_No_Comp_B_Caught_Fmadd | INPUT_VALIDATION_Bit_Positive_No_Comp_B_Caught_Fmsubb | INPUT_VALIDATION_Bit_Positive_No_Comp_B_Caught_Fsubb ;

assign INPUT_VALIDATION_Bit_Negative_No_Comp_B_Caught = INPUT_VALIDATION_Bit_Negative_No_Comp_B_Caught_Fmadd | INPUT_VALIDATION_Bit_Negative_No_Comp_B_Caught_Fmsubb | INPUT_VALIDATION_Bit_Negative_No_Comp_B_Caught_Fsubb ;

assign INPUT_VALIDATION_Bit_No_Comp_C_Caught = INPUT_VALIDATION_Bit_No_Comp_C_Caught_Fmadd ;

assign INPUT_VALIDATION_Bit_Negative_No_Comp_C_Caught = INPUT_VALIDATION_Bit_Negative_No_Comp_C_Caught_Fmsubb;

assign INPUT_VALIDATION_Bit_Positive_No_Comp_C_Caught = INPUT_VALIDATION_Bit_Positive_No_Comp_C_Caught_Fmsubb;

assign INPUT_VALIDATION_Bit_Positive_infinity_Caught = INPUT_VALIDATION_Bit_positive_infinity_Caught_Fadd | INPUT_VALIDATION_Bit_positive_infinity_Caught_Fmul | INPUT_VALIDATION_Bit_positive_infinity_Caught_Fdiv | INPUT_VALIDATION_Bit_positive_infinity_Caught_Fsqrt | INPUT_VALIDATION_Bit_positive_infinity_Caught_Fmadd | INPUT_VALIDATION_Bit_positive_infinity_Caught_Fmsubb;

assign INPUT_VALIDATION_Bit_negative_infinity_Caught = INPUT_VALIDATION_Bit_negitive_infinity_Caught_Fsubb | INPUT_VALIDATION_Bit_negitive_infinity_Caught_Fadd | INPUT_VALIDATION_Bit_negative_infinity_Caught_Fmul | INPUT_VALIDATION_Bit_negative_infinity_Caught_Fdiv | INPUT_VALIDATION_Bit_negative_infinity_Caught_Fmadd | INPUT_VALIDATION_Bit_negative_infinity_Caught_Fmsubb;

assign INPUT_VALIDATION_Bit_positive_zero_Caught = INPUT_VALIDATION_Bit_positive_zero_Caught_Fadd | INPUT_VALIDATION_Bit_positive_zero_Caught_Fsubb | INPUT_VALIDATION_Bit_positive_zero_Caught_Fmul | INPUT_VALIDATION_Bit_positive_zero_Caught_Fdiv | INPUT_VALIDATION_Bit_zero_Caught_Fsqrt | INPUT_VALIDATION_Bit_zero_Caught_Feq | INPUT_VALIDATION_Bit_zero_Caught_Flt | INPUT_VALIDATION_Bit_zero_Caught_Fle | INPUT_VALIDATION_Bit_Positive_Zero_Caught_Fmadd | INPUT_VALIDATION_Bit_Positive_Zero_Caught_Fmsubb ;

assign INPUT_VALIDATION_Bit_negative_zero_Caught = INPUT_VALIDATION_Bit_negitive_zero_Caught_Fadd | INPUT_VALIDATION_Bit_negitive_zero_Caught_Fsubb | INPUT_VALIDATION_Bit_negative_zero_Caught_Fmul | INPUT_VALIDATION_Bit_negative_zero_Caught_Fdiv | INPUT_VALIDATION_Bit_negative_Zero_Caught_Fmadd | INPUT_VALIDATION_Bit_Negative_Zero_Caught_Fmsubb ; 

assign INPUT_VALIDATION_Bit_Positive_One_Caught = INPUT_VALIDATION_Bit_Positive_One_Caught_Fdiv | INPUT_VALIDATION_Bit_Positive_One_Caught_Fsqrt;

assign INPUT_VALIDATION_Bit_Negative_One_Caught = INPUT_VALIDATION_Bit_Negative_One_Caught_Fdiv;


//Exceptional Flag logic

assign INPUT_VALIDATION_Output_invalid_flag = (rst_l) ?  (INPUT_VALIDATION_Bit_SNAN_Caught | INPUT_VALIDATION_Bit_No_Comp_A_Caught_Fmin | INPUT_VALIDATION_Bit_No_Comp_B_Caught_Fmin | INPUT_VALIDATION_Bit_No_Comp_A_Caught_Fmax | INPUT_VALIDATION_Bit_No_Comp_B_Caught_Fmax | ( (INPUT_VALIDATION_Bit_zero_Caught_Feq) & (INPUT_VALIDATION_Bit_A_SNAN | INPUT_VALIDATION_Bit_B_SNAN) ) | ( (INPUT_VALIDATION_input_opcode[10] |  INPUT_VALIDATION_input_opcode[11]) & (INPUT_VALIDATION_Bit_A_SNAN | INPUT_VALIDATION_Bit_B_SNAN | INPUT_VALIDATION_Bit_A_QNAN | INPUT_VALIDATION_Bit_B_QNAN) ) ) : 1'b0 ;

assign INPUT_VALIDATION_Output_Flag_DZ = (rst_l) ? INPUT_VALIDATION_Bit_positive_infinity_Caught_Fdiv : 1'b0;

// Mux for sleection of coresponding exceptional output and FLags (P.S: Refer to coments against each bolen check)
	assign INPUT_VALIDATION_Output_temp_storage = (rst_l) ? (INPUT_VALIDATION_Bit_SNAN_Caught ? { 1'b0, {(exp+1){1'b1}}, {1'b0,1'b1,{(man-1){1'b0}} } } : INPUT_VALIDATION_Bit_No_Comp_A_Caught ? INPUT_VALIDATION_input_ieee_A : INPUT_VALIDATION_Bit_Positive_No_Comp_A_Caught ? {1'b0,INPUT_VALIDATION_input_ieee_A[std-1:0]} : INPUT_VALIDATION_Bit_Negative_No_Comp_A_Caught ? {1'b1,INPUT_VALIDATION_input_ieee_A[std-1:0]} : INPUT_VALIDATION_Bit_No_Comp_B_Caught ? INPUT_VALIDATION_input_ieee_B: INPUT_VALIDATION_Bit_Positive_No_Comp_B_Caught ? {1'b0,INPUT_VALIDATION_input_ieee_B[std-1:0]} : INPUT_VALIDATION_Bit_Negative_No_Comp_B_Caught ? {1'b1,INPUT_VALIDATION_input_ieee_B[std-1:0]}: INPUT_VALIDATION_Bit_No_Comp_C_Caught ? INPUT_VALIDATION_input_ieee_C : INPUT_VALIDATION_Bit_Positive_No_Comp_C_Caught ? {1'b0,INPUT_VALIDATION_input_ieee_C[std-1:0]} : INPUT_VALIDATION_Bit_Negative_No_Comp_C_Caught ? {1'b1,INPUT_VALIDATION_input_ieee_C[std-1:0]} : INPUT_VALIDATION_Bit_negative_infinity_Caught ? { 1'b1, {(exp+1){1'b1}} , {(man+1){1'b0}} } : INPUT_VALIDATION_Bit_Positive_infinity_Caught ? { 1'b0, {(exp+1){1'b1}} , {(man+1){1'b0}} } : INPUT_VALIDATION_Bit_positive_zero_Caught ? {(std+1){1'b0}} : INPUT_VALIDATION_Bit_negative_zero_Caught ? { 1'b1,{(std){1'b0}} } : INPUT_VALIDATION_Bit_Positive_One_Caught ? { 1'b0, {1'b0 , { (exp){1'b1} } } , {(man+1){1'b0}} } : INPUT_VALIDATION_Bit_Negative_One_Caught ? { 1'b1, {1'b0 , { (exp){1'b1} } }, {man+1{1'b0}} } : {(std+1){1'b0}} ) : {(std+1){1'b0}} ;

//interupt pin assignment, this will be High if at least one input is either SNAN or QNAN
assign interupt_Pin = (rst_l) ? INPUT_VALIDATION_Bit_SNAN_Caught : 1'b0 ;

endmodule